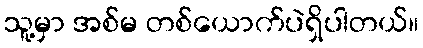
သူ့မှာ အစ်မ တစ်ယောက်ပဲရှိပါတယ်။